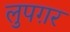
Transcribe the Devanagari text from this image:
लुपग़र